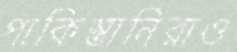
পাকিস্তানিরাও